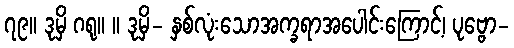
၇၉။ ဒုမှိ ဂရု။ ။ ဒုမှိ- နှစ်လုံးသောအက္ခရာအပေါင်းကြောင့်၊ ပုဗ္ဗော-